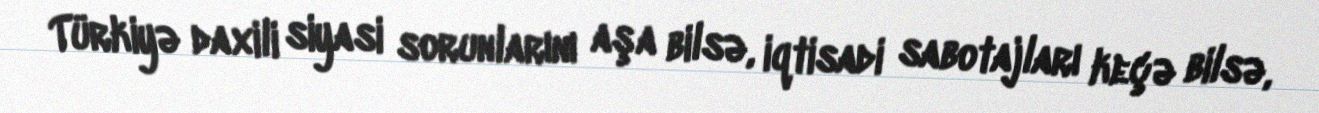
Türkiyə daxili siyasi sorunlarını aşa bilsə, iqtisadi sabotajları keçə bilsə,